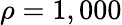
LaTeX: \rho=1,000